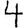
Digit: 4